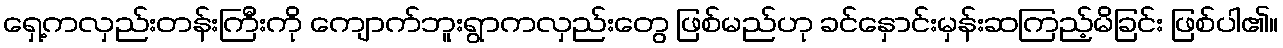
ရှေ့ကလှည်းတန်းကြီးကို ကျောက်ဘူးရွာကလှည်းတွေ ဖြစ်မည်ဟု ခင်နှောင်းမှန်းဆကြည့်မိခြင်း ဖြစ်ပါ၏။